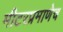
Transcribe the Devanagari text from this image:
मीटरप्रमाणेच